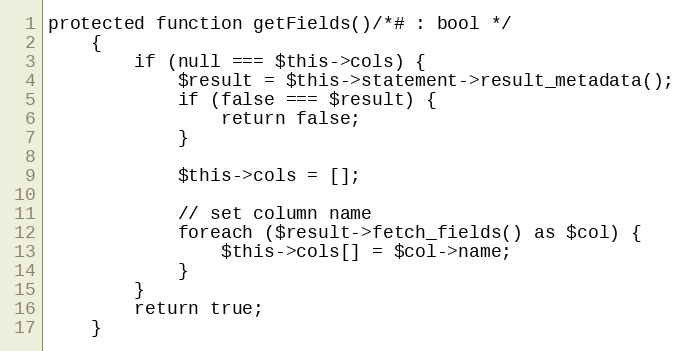
Language: PHP
protected function getFields()/*# : bool */
    {
        if (null === $this->cols) {
            $result = $this->statement->result_metadata();
            if (false === $result) {
                return false;
            }

            $this->cols = [];

            // set column name
            foreach ($result->fetch_fields() as $col) {
                $this->cols[] = $col->name;
            }
        }
        return true;
    }